Lunatic asylums Madras 1892-1911 - 1892-1911
Year: 1892
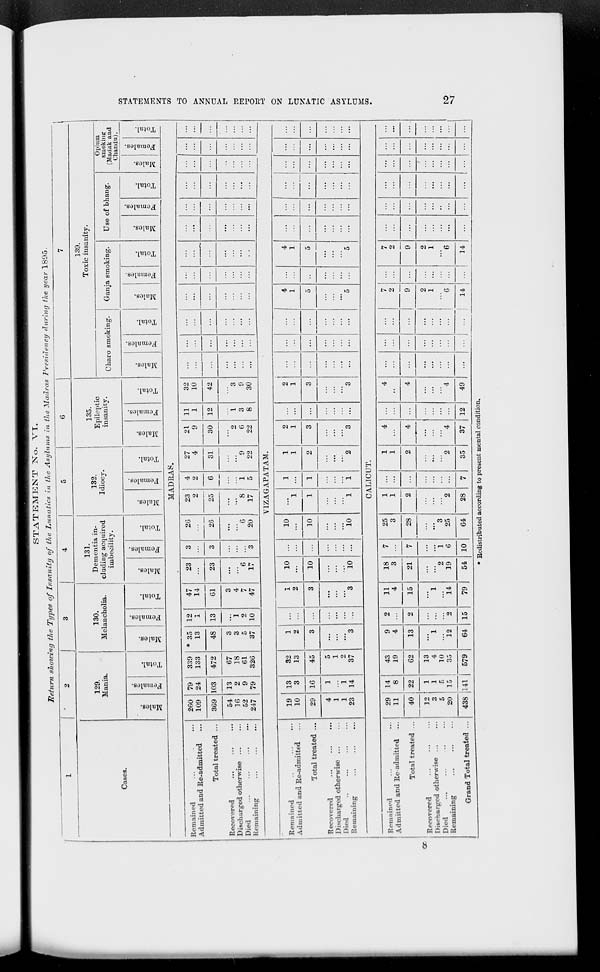
STATEMENT No. VI.
lietrirn showing the Types of Insanity of the Lunatics in the Asylums in the Madras Presidency during the year 1895.
oe
1
1 ' 2
3
4
5
6
7
|
Cases.
129.
Mania.
130.
Melancholia.
131.
Dementia in-
cluding acquired
imbecility.
132.
Idiocy.
135.
Epilcp
insauii
tic
139.
Toxic insanity.
Charo smoking.
Ganja smoking.
Use of bhang.
Oymm
sniokinir
(Madak and
(Jhandu).
m
o
3
CO
c
"3
e
o
EH
D3
o
EH
1 ■
™
1 3
03
7.
3
£
"3
o
EH
10
o
3
05
c
'a
s
0)
3 o
EH
m
o
"3
02
O
"3
0
o
fa
3
O
EH
m
o
"3
02
O
"3
S
0
fa
"3
0
EH
03
03
3
0
es
0
fa
3 -»^
0
E-*
00
0
'3
03
3
EH
3
0
EH
m
3
00
1
03
EH
3
0
EH
m
1
02
3
! a 3
0
GO
1-3
p>
r3
K
53
MADRAS.
CO
Remained
Admitted and Re-admitted
Total treated ...
Recovered
Discharged otherwise ...
Died
Remaining
260
109
79
24
103
13
2
9
79
339
133
* 35
13
12
1
13
"i
2
10
47
14
23
3
3
3
26
23
2
4
2
6
i
5
27
4
21
9
11
1
12
32
10
...
...
...
...
...
...
...
...
t-3
O
>
309
472
48
61
23
26
25
31
30
42
...
...
...
...
55
54
16
52
247
67
18
61
326
3
3
5
37
3
4
7
47
6
17
6
20
' 8
17
9
22
2
6
22
I
3
8
3
9
30
...
...
...
...
...
...
f
hH
O
V1ZAGAPATAM.
1-5
Remained
Admitted and Re-admitted
Total treated ...
Recovered
Discharged otherwise ...
Died
Remaining
19
10
13
3
32
13
1
2
...
1
2
10 ...
10
1
1
1
1
2
1
...
2
1
...
4
1
4
1
...
...
...
...
O
5>5
rH
a
29 16
1
1
14
45
3
3
10
10
1
1
i
2
3
3
...
5
...
5
...
...
...
...
t-3
4
1
1
23
5
1
2
37
3
' 3
10 ...
10
1
" 2
3
3
...
...
" 5
5
...
...
CO
a
CALICUT.
QQ
Remained
Admitted and Re admitted
Total treated ...
Recovered
Discharged otherwise
Died
Remaining
Grand Total treated ...
29
11
14
8
22
1
1
c
15
43
19
9
4
2
11
4
18
3
7
7
25
3
1
1
...
1
1
4
12
4
...
...
7
2
7
2
••
...
...
...
40
62
13
2
2
15
15
21
28
2
2
...
2
4
"4
4
9
...
9
12
3
5
20
13
4
10
35
1
12
1
14
2
19
i
6
10
3
25
7
2
4
...
E
2
1
6
2
1
6
...
...
43S 141
579
64
79
54
64
28
35
37
49
...
. ...
14 ...
14
...
...
Redistributed according to present mental condition.